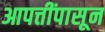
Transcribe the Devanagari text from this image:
आपत्तींपासून